Eesti_Ajutine_Maanoukogu, lk 7
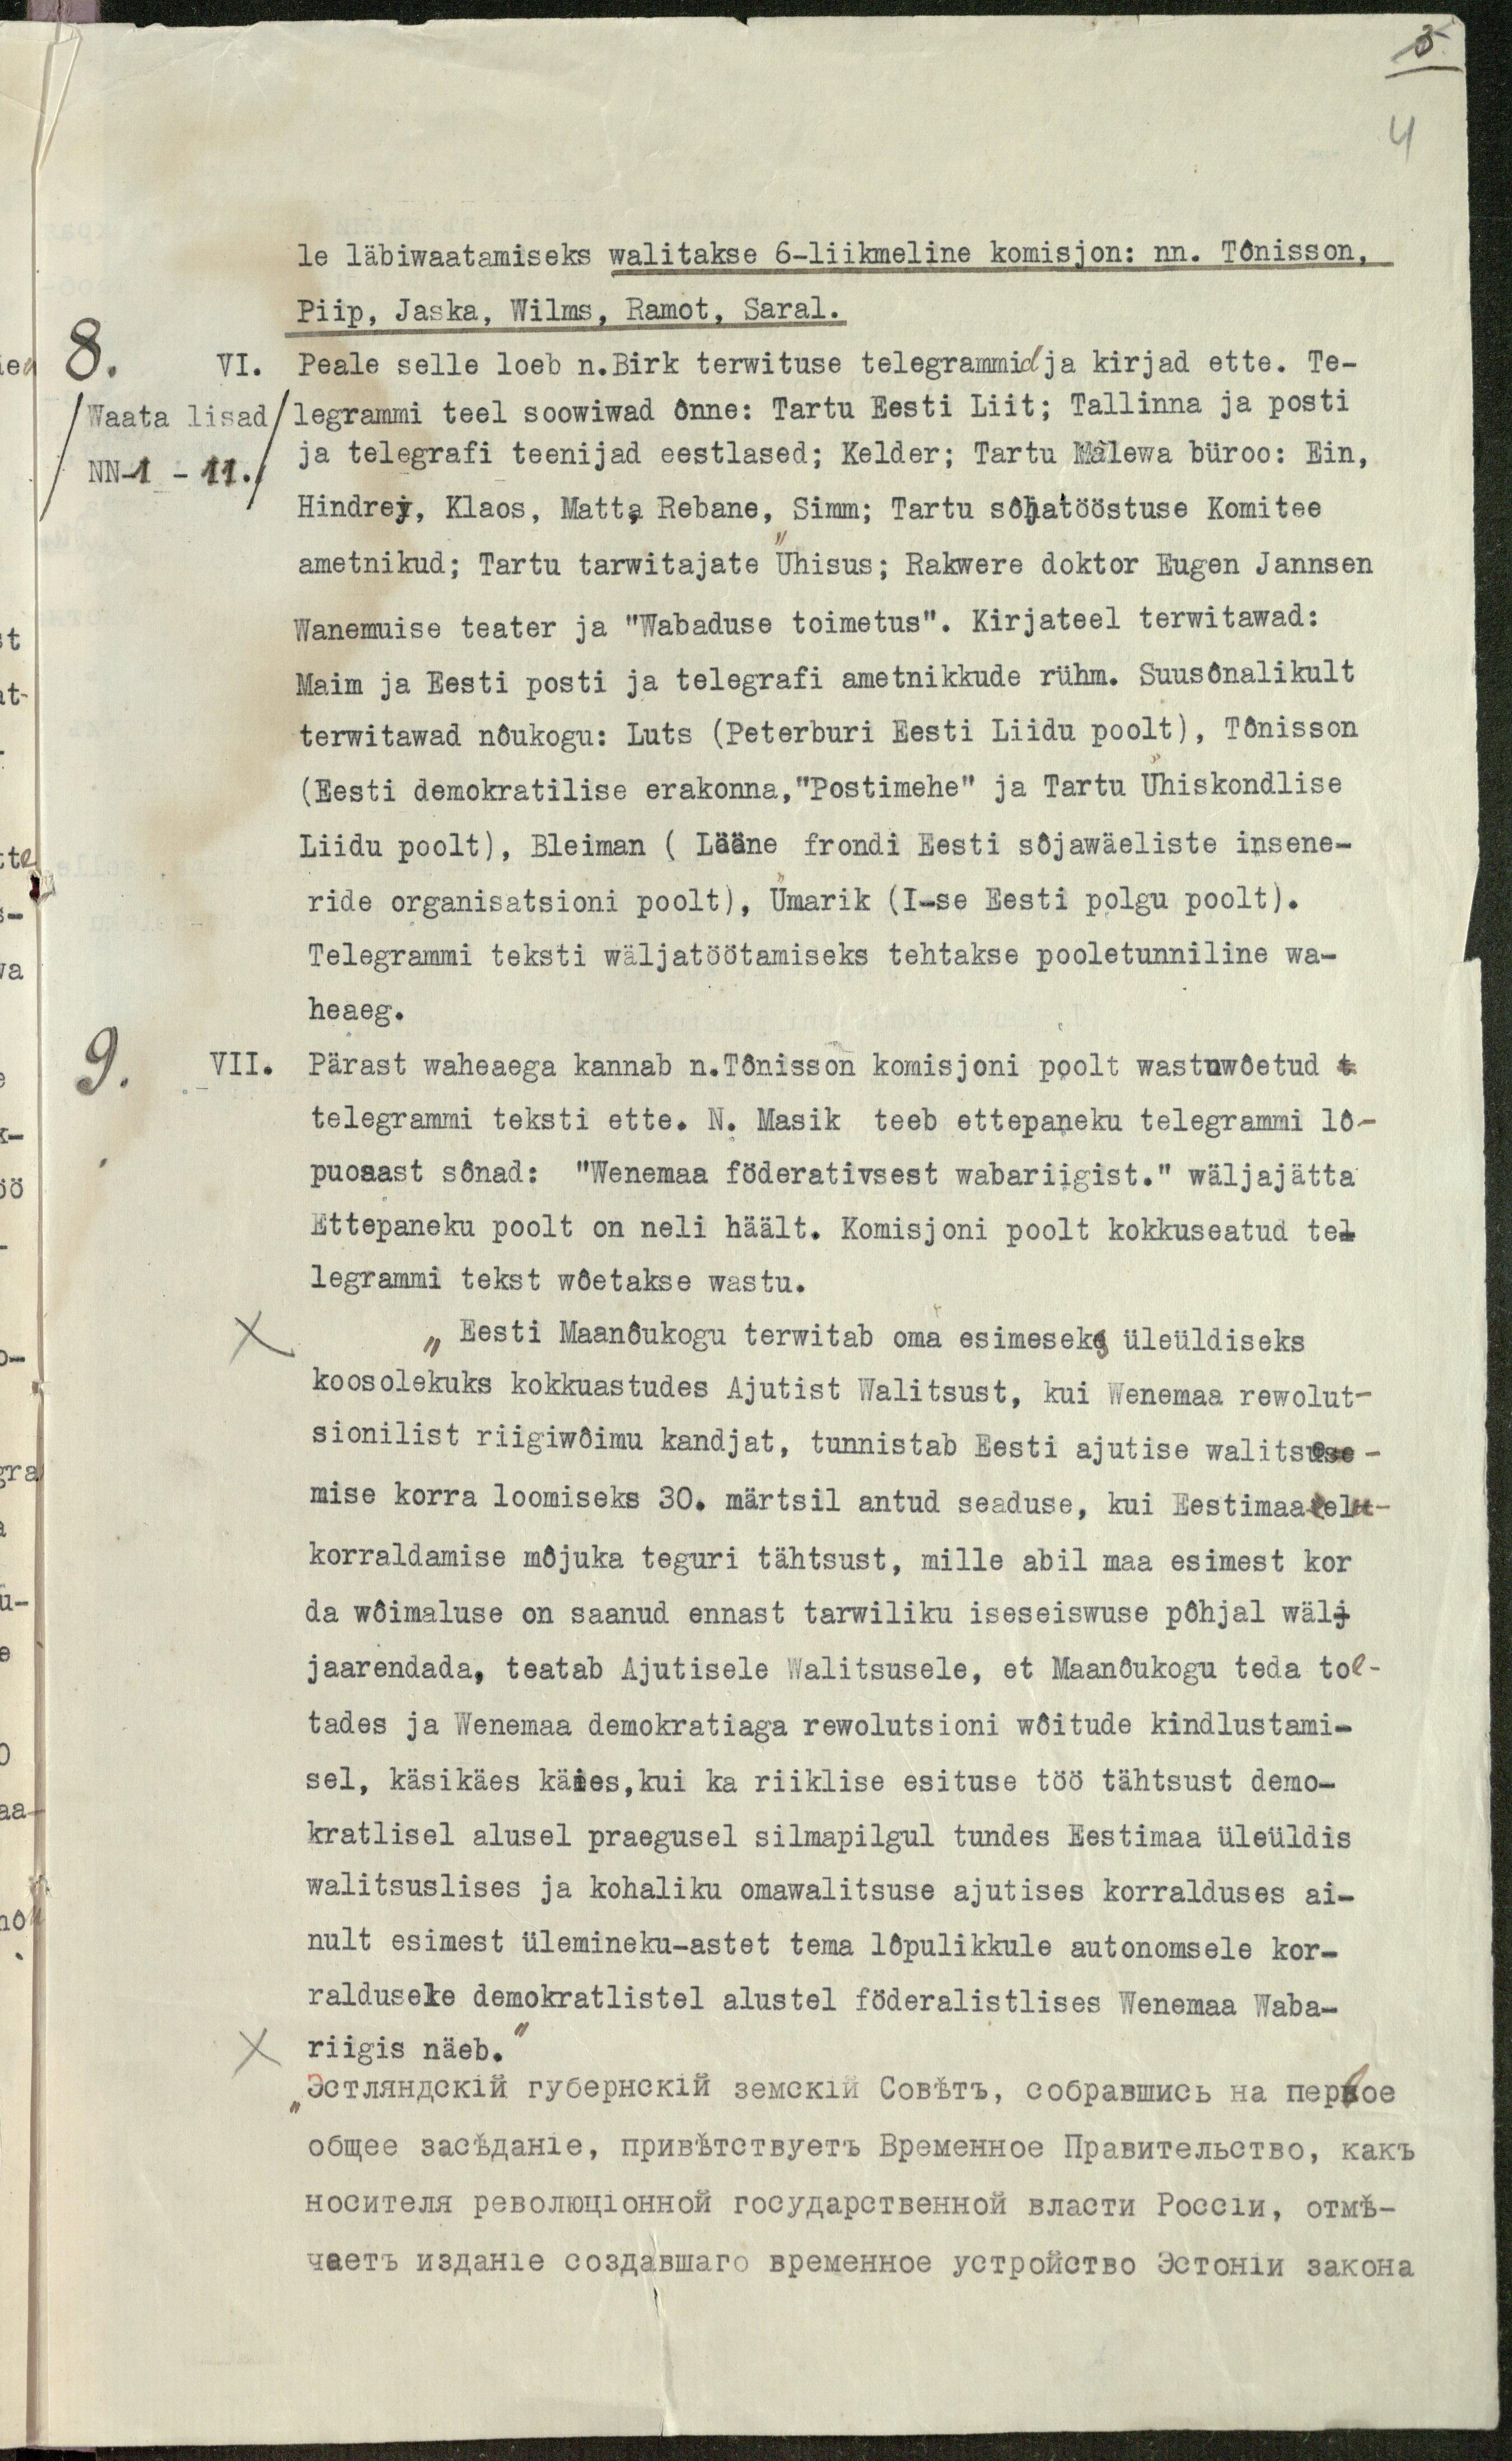
le läbiwaatamiseks walitakse 6-liikmeline komisjon: nn. Tõnisson,
Piip, Jaska, Wilms, Ramot, Saral.
8.
VI.
/Waata lisad/
/NN1-11./
Peale selle loeb n. Birk terwituse telegrammid ja kirjad ette. Te-
legrammi teel soowiwad õnne: Tartu Eesti Liit; Tallinna ja posti
ja telegrafi teenijad eestlased; Kelder; Tartu Malewa büroo: Ein,
Hindrey, Klaos, Matt, Rebane, Simm; Tartu sõjatööstuse Komitee
ametnikud; Tartu tarwitajate Ühisus; Rakwere doktor Eugen Jannsen
Wanemuise teater ja "Wabaduse toimetus". Kirjateel terwitawad:
Maim ja Eesti posti ja telegrafi ametnikkude rühm. Suusõnalikult
terwitawad nõukogu: Luts (Peterburi Eesti Liidu poolt), Tõnisson
(Eesti demokratilise erakonna, "Postimehe" ja Tartu Ühiskondlise
Liidu poolt), Bleiman (Lääne frondi Eesti sõjawäeliste insene-
ride organisatsioni poolt), Ümarik (I-se Eesti polgu poolt).
Telegranmi teksti wäljatöötamiseks tehtakse pooletunniline wa-
heaeg.
9.
VII.
Pärast waheaega kannab n. Tõnisson komisjoni poolt wastawõetud t
telegrammi teksti ette. N. Masik teeb ettepaneku telegrammi lõ-
puosast sõnad: "Wenemaa föderativsest wabariigist." wäljajätta
Ettepaneku poolt on neli häält. Komisjoni poolt kokkuseatud te-
legrammi tekst wõetakse wastu.
Eesti Maanõukogu terwitab oma esimeseks üleüldiseks
koosolekuks kokkuastudes Ajutist Walitsust, kui Wenemaa rewolut-
sionilist riigiwõimu kandjat, tunnistab Eesti ajutise walitsuse-
mise korra loomiseks 30. märtsil antud seaduse, kui Eestimaa elu-
korraldamise mõjuka teguri tähtsust, mille abil maa esimest kor
da wõimaluse on saanud ennast tarwiliku iseseiswuse põhjal wäl-
jaarendada, teatab Ajutisele Walitsusele, et Maanõukogu teda toe-
tades ja Wenemaa demokratiaga rewolutsioni wõitude kindlustami-
sel, käsikäes käies, kui ka riiklise esituse töö tähtsust demo-
kratlisel alusel praegusel silmapilgul tundes Eestimaa üleüldis
walitsuslises ja kohaliku omawalitsuse ajutises korralduses ai-
nult esimest ülemineku-astet tema lõpulikkule autonomsele kor-
raldusele demokratlistel alustel föderalistlises Wenemaa Waba-
riigis näeb.